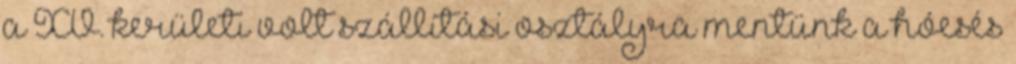
a XV. kerületi volt szállítási osztályra mentünk a hóesés